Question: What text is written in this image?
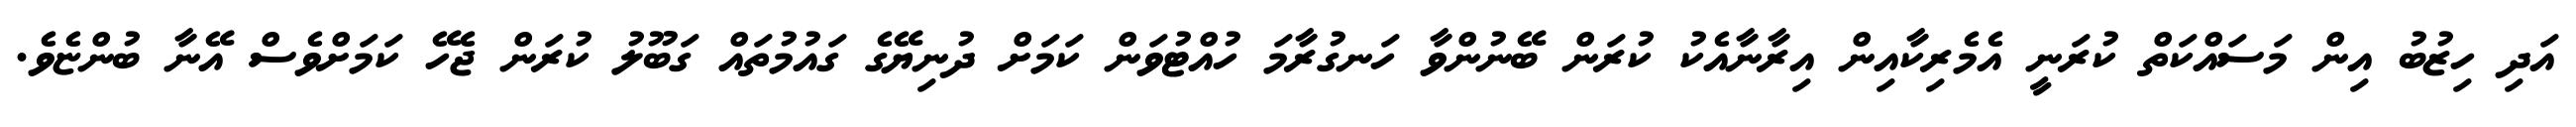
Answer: އަދި ހިޒުބު އިން މަސައްކަތް ކުރަނީ އެމެރިކާއިން އިރާނާއެކު ކުރަން ބޭނުންވާ ހަނގުރާމަ ހުއްޓުވަން ކަމަށް ދުނިޔޭގެ ގައުމުތައް ގަބޫލު ކުރަން ޖެހޭ ކަމަށްވެސް އޭނާ ބުންޏެވެ.